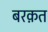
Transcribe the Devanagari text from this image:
बरक़त